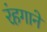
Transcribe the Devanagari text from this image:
रंहगाने